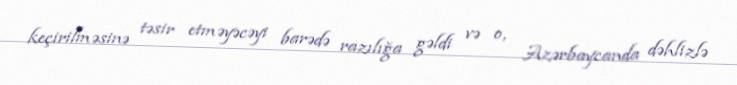
keçirilməsinə təsir etməyəcəyi barədə razılığa gəldi və o, Azərbaycanda dəhlizlə